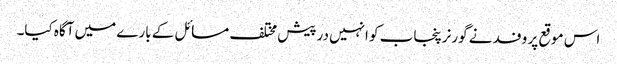
اس موقع پر وفد نے گورنرپنجاب کو انہیں درپیش مختلف مسائل کے بارے میں آگاہ کیا۔